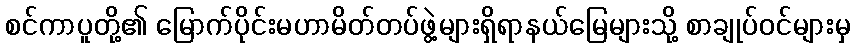
စင်ကာပူတို့၏ မြောက်ပိုင်းမဟာမိတ်တပ်ဖွဲ့များရှိရာနယ်မြေများသို့ စာချုပ်ဝင်များမှ